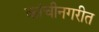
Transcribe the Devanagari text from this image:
कांचीनगरीत